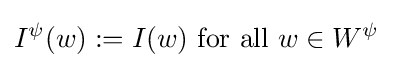
I^{\psi }(w):=I(w){\textrm {~for~all~}}w\in W^{\psi }